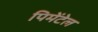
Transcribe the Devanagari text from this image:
पिमेंटेल